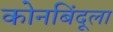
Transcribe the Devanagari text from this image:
कोनबिंदूला